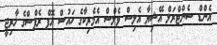
އެންޑް ސެންޓްރަލް އޭޝިޔާ އެލިސް ވެލްސް އެމެރިކާގެ ހައުސް އޮފް ރެޕްސްގެ ޚާރިޖީ